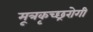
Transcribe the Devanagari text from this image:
मूत्रकृच्छ्ररोगी